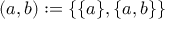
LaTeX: ( a , b ) : = \{ \{ a \} , \{ a , b \} \}